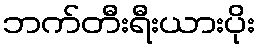
ဘက်တီးရီးယားပိုး